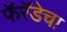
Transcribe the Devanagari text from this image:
फॅरॅडेचा